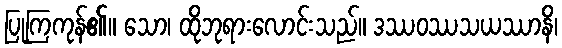
ပြုကြကုန်၏။ သော၊ ထိုဘုရားလောင်းသည်။ ဒဿဝဿသယဿာနိ၊